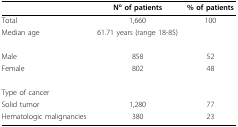
<table><thead><tr><td></td><td><b>N<sup>o </sup>of patients</b></td><td><b>% of patients</b></td></tr></thead><tbody><tr><td>Total</td><td>1,660</td><td>100</td></tr><tr><td>Median age</td><td>61.71 years (range 18-85)</td><td></td></tr><tr><td>Male</td><td>858</td><td>52</td></tr><tr><td>Female</td><td>802</td><td>48</td></tr><tr><td>Type of cancer</td><td></td><td></td></tr><tr><td>Solid tumor</td><td>1,280</td><td>77</td></tr><tr><td>Hematologic malignancies</td><td>380</td><td>23</td></tr></tbody></table>